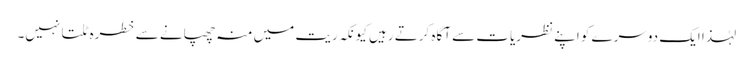
لہٰذا ایک دوسرے کو اپنے نظریات سے آگاہ کرتے رہیں کیونکہ ریت میں منہ چھپانے سے خطرہ ٹلتا نہیں۔